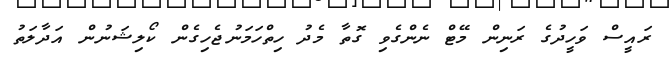
ރައީސް ވަހީދުގެ ރަނިން މޭޓް ނެންގެވި ގޮތާ މެދު ހިތްހަމަނުޖެހިގެން ކޯލިޝަނުން އަދާލަތު